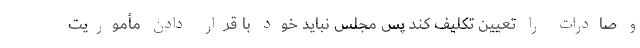
و صادرات را تعیین تکلیف کند پس مجلس نباید خود با قرار دادن مأموریت